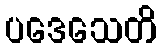
ပဒေသေတိ